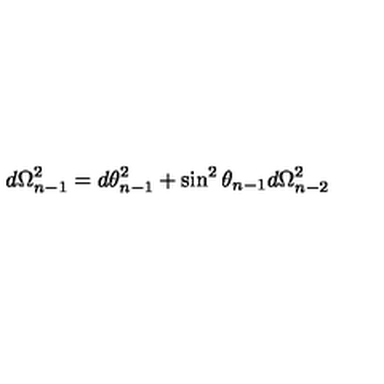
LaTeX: d \Omega _ { n - 1 } ^ { 2 } = d \theta _ { n - 1 } ^ { 2 } + \sin ^ { 2 } \theta _ { n - 1 } d \Omega _ { n - 2 } ^ { 2 }